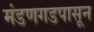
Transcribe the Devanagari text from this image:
मंडणगडपासून